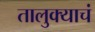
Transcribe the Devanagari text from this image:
तालुक्याचं